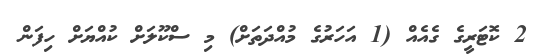
2 ކޮޓަރީގެ ގެއެއް (1 އަހަރުގެ މުއްދަތަށް) މި ސްކޫލަށް ކުއްޔަށް ހިފަން